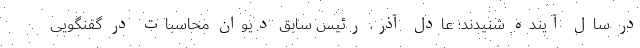
در سال آینده شنیدند؛ عادل آذر، رئیس سابق دیوان محاسبات در گفنگویی